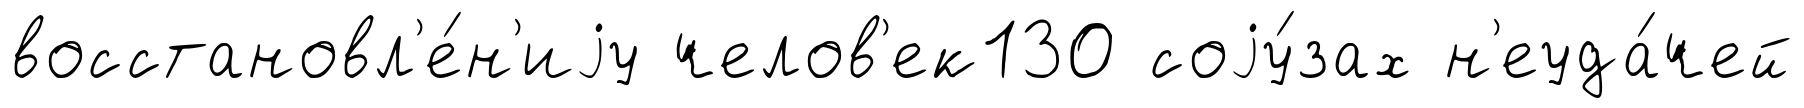
восстановл'е́н'иjу челов'ек130 соjу́зах н'еуда́чей